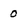
Character: 0